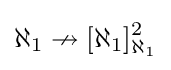
\displaystyle \aleph _{1}\nrightarrow [\aleph _{1}]_{\aleph _{1}}^{2}